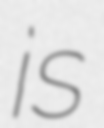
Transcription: is